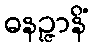
ဓနဉ္ဇာနိံ